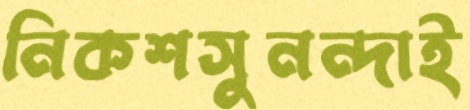
নিকশসুনন্দাই